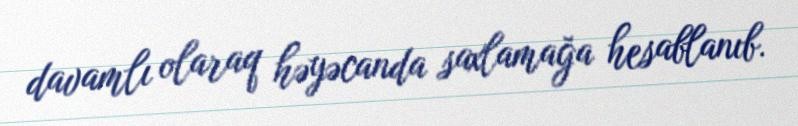
davamlı olaraq həyəcanda saxlamağa hesablanıb.